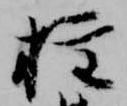
権